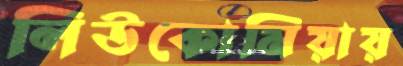
লিউকোমিয়ায়